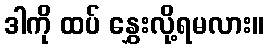
ဒါကို ထပ် နွှေးလို့ရမလား။